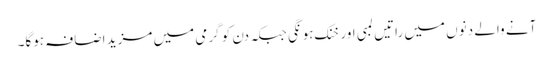
آنے والے دنوں میں راتیں لمبی اور خنک ہونگی جبکہ دن کو گرمی میں مزید اضافہ ہوگا۔